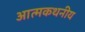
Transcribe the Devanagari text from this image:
आत्मकथनीय